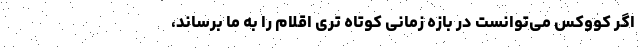
اگر کووکس می‌توانست در بازه زمانی کوتاه تری اقلام را به ما برساند،